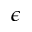
\epsilon